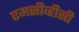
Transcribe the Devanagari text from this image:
एमसीव्हीसी